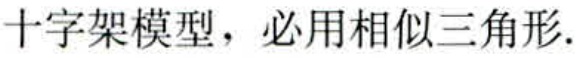
十字架模型，必用相似三角形.